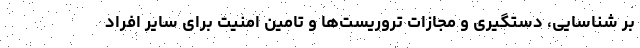
بر شناسایی، دستگیری و مجازات تروریست‌ها و تامین امنیت برای سایر افراد